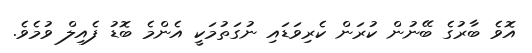
އޮވެ ބާރުގެ ބޭނުން ކުރަން ކެރިވަޑައި ނުގަތުމަކީ އެންމެ ބޮޑު ފެއިލް ވުމެވެ.